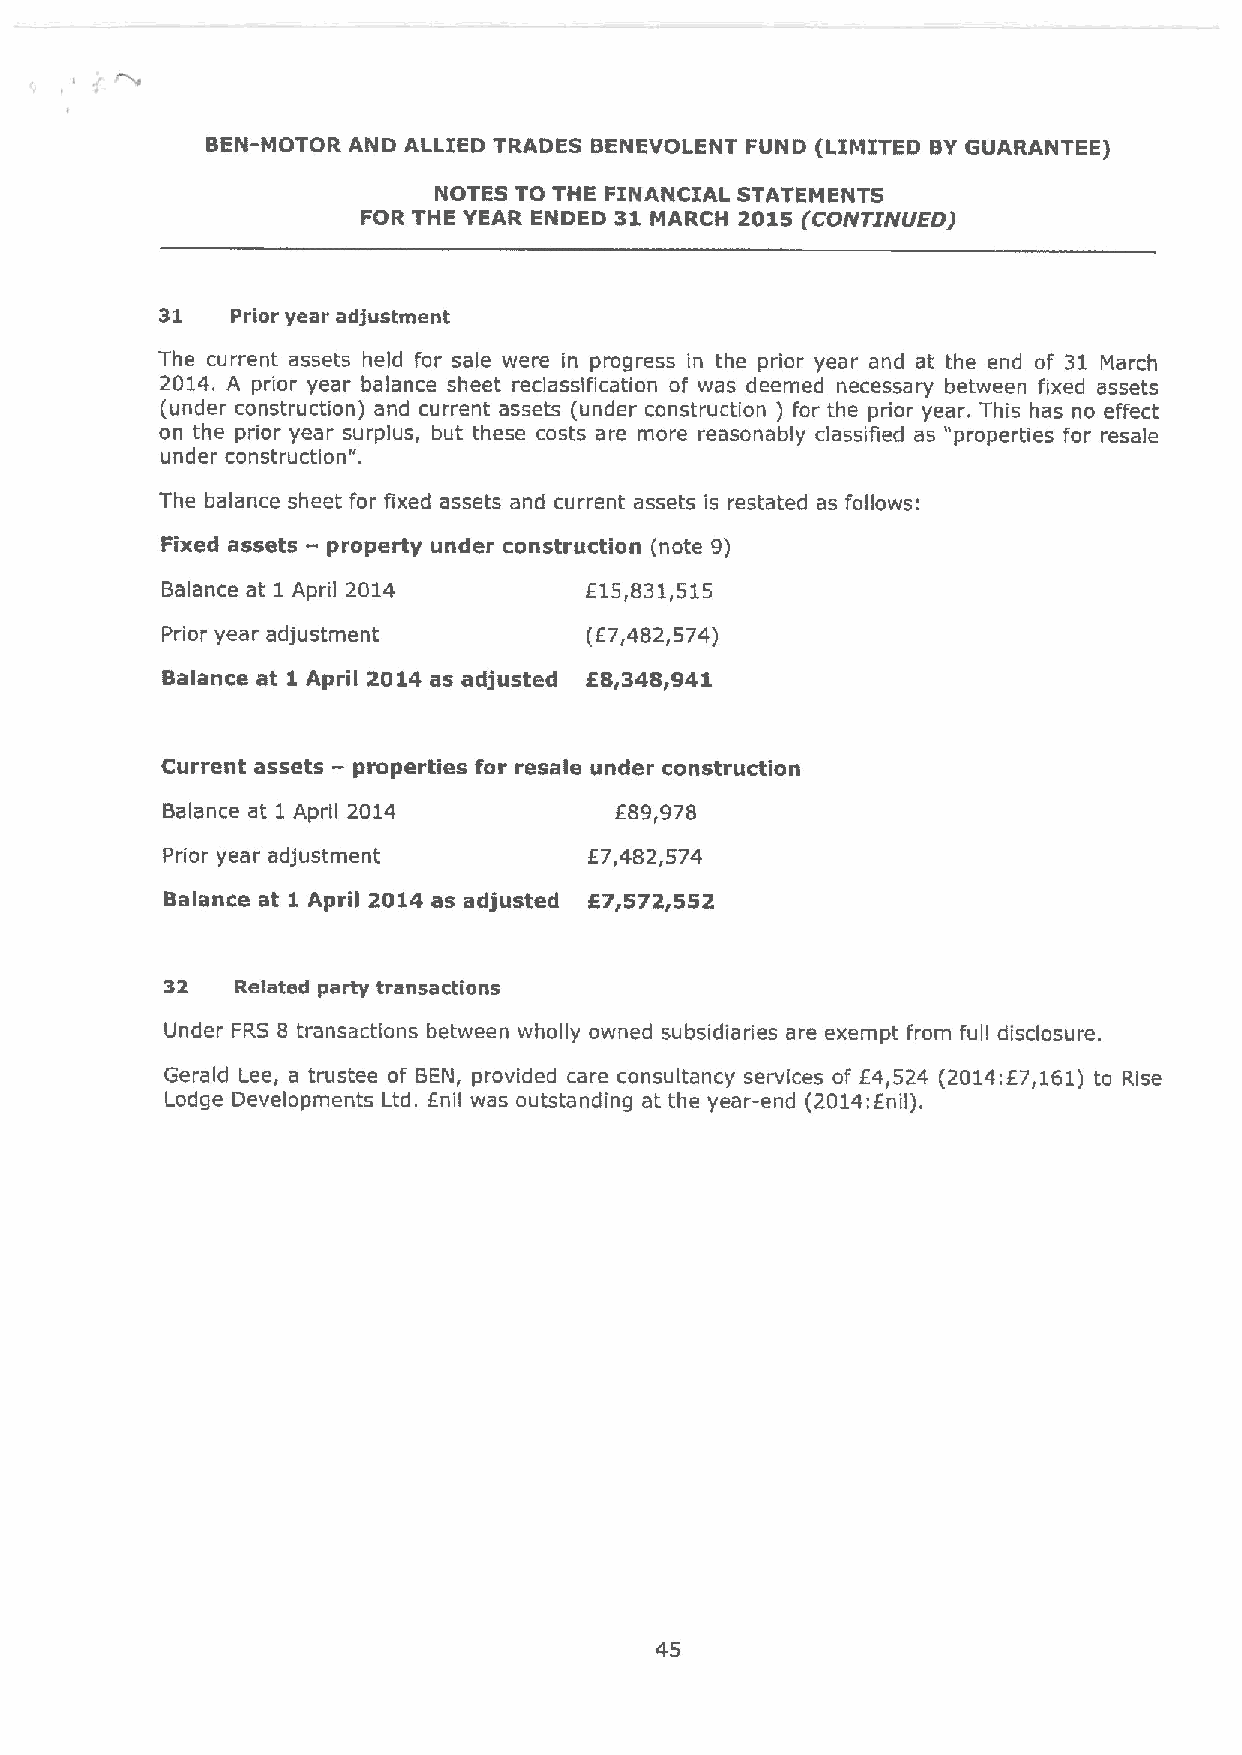
BEN-MOTOR AND ALLIED TRADES BENEVOLENT FUND (LIMITED BYGUARANTEE)
 NOTES TO THE FINANCIAL STATEMENTS
 FOR THE YEAR ENDED 31 MARCH 2015 (CONTINUED)
 31  Prior year adjustment
 The current assets held for sale were in progress in the prior year and at the end of 31 March
 2014. A prior year balance sheet reclassii'ication of was deemed necessary between fixed assets
 (under construction) and current assets (under construction ) for the prior year. This has no effect
 on the prior year surplus, but these costs are more reasonably classified as "properties for resale
 under construction".
 The balance sheet for fixed assets and current assets is restated as follows:
 Fixed assets — property under construction (note 9)
 Balance at 1 April 2014     E15,831,515
 Prior year adjustment       (E7,482,574)
 Balance at 1April 2014 as adjusted E8,348,941
 Current assets —properties for resale under construction
 Balance at 1 April 2014       E89,978
 Prior year adjustment       E7,482,574
 Balance at 1 April 2014 as adjusted f7,572,552
 32   Related party transactions
 Under FRS 8 transactions between wholly owned subsidiaries are exempt from full disclosure.
 Gerald Lee, a trustee of BEN, provided care consultancy services of E4,524 (2014:E7,161)to Rise
 Lodge Developments Ltd. Enil was outstanding at the year-end (2014:Enil).
 45